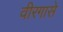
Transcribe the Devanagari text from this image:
वीरगासे